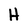
Character: H